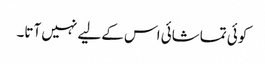
کوئی تماشائی اس کےلیے نہیں آتا۔